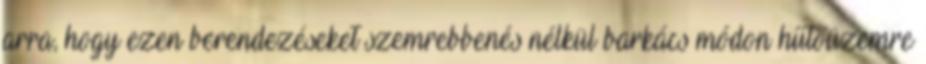
arra, hogy ezen berendezéseket szemrebbenés nélkül barkács módon hűtőüzemre